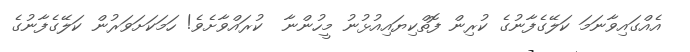
އެއްގައިވާނަމަ ކަލޭގެފާނުގެ ކުރިން ފޮތްކިޔައިއުޅުނު މީހުންނާ  ކުރައްވާށެވެ! ހަމަކަށަވަރުން ކަލޭގެފާނުގެ